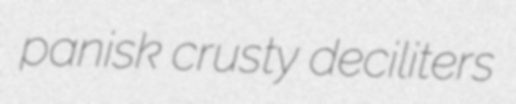
panisk crusty deciliters